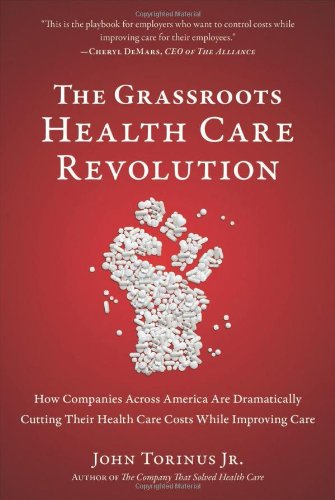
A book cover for The Grassroots Health Care Revolution: How Companies Across America Are Dramatically Cutting Their Health Care Costs While Improving Care; John Torinus; Business & Money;